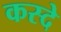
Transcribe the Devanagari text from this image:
कस्दे